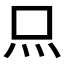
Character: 𤆗